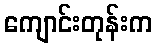
ကျောင်းတုန်းက